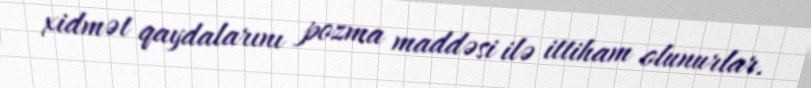
xidmət qaydalarını pozma maddəsi ilə ittiham olunurlar.